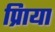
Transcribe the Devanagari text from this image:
प्रिाया